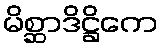
မိစ္ဆာဒိဋ္ဌိကေ